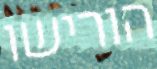
הורישו